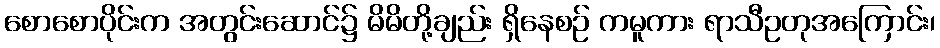
စောစောပိုင်းက အတွင်းဆောင်၌ မိမိတို့ချည်း ရှိနေစဉ် ကမူကား ရာသီဥတုအကြောင်း၊